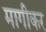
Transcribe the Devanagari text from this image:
मागीकर